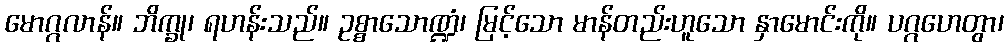
မောဂ္ဂလာန်။ ဘိက္ခု၊ ရဟန်းသည်။ ဥစ္စာသောဏ္ဍံ၊ မြင့်သော မာန်တည်းဟူသော နှာမောင်းကို။ ပဂ္ဂဟေတွာ၊